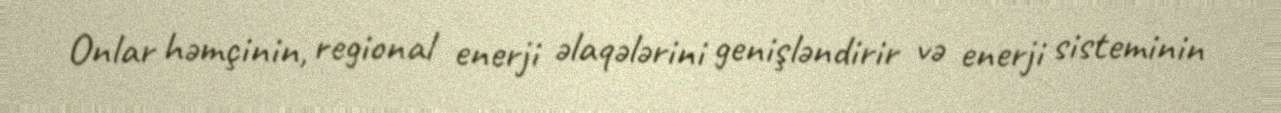
Onlar həmçinin, regional enerji əlaqələrini genişləndirir və enerji sisteminin